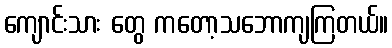
ကျောင်းသား တွေ ကတော့သဘောကျကြတယ်။